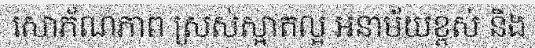
សោភ័ណភាព ស្រស់ស្អាតល្អ អនាម័យខ្ពស់ និង